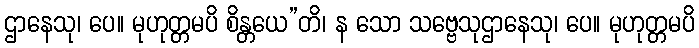
ဌာနေသု၊ ပေ။ မုဟုတ္တမပိ စိန္တယေ”တိ၊ န သော သဗ္ဗေသုဌာနေသု၊ ပေ။ မုဟုတ္တမပိ